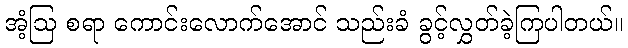
အံ့ဩ စရာ ကောင်းလောက်အောင် သည်းခံ ခွင့်လွှတ်ခဲ့ကြပါတယ်။